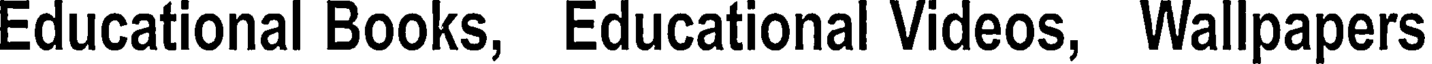
Educational Books, Educational Videos, Wallpapers